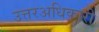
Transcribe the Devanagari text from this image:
उत्तरअधिकारी